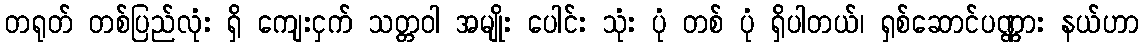
တရုတ် တစ်ပြည်လုံး ရှိ ကျေးငှက် သတ္တဝါ အမျိုး ပေါင်း သုံး ပုံ တစ် ပုံ ရှိပါတယ်၊ ရှစ်ဆောင်ပဏ္ဏား နယ်ဟာ